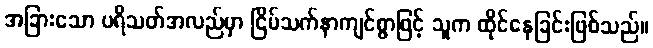
အခြားသော ပရိသတ်အလည်မှာ ငြိမ်သက်နာကျင်စွာဖြင့် သူက ထိုင်နေခြင်းဖြစ်သည်။